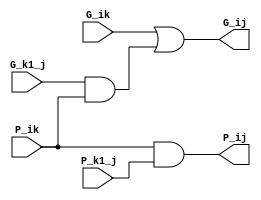
/**********************************************************
// Copyright @ 2021 H. All rights reserved
// Contact with e611hx@gmail.com
============================================================
>> Author   : H
>> Date     : 2021-11-14
>> Filename    : prefix_i_j.v
>> Modulename  : prefix_i_j
>> Description : 
>> Version  : 1.0
************************************************************/

module prefix_i_j(
    // System Clock
    input        P_ik,
    input        P_k1_j,

    input        G_ik,
    input        G_k1_j,

    output       P_ij,
    output       G_ij
    
);

/*******************************************************************************
 *                                 Main Code
*******************************************************************************/

    assign P_ij = P_ik & P_k1_j;
    assign G_ij = G_ik | (G_k1_j & P_ik);
    
endmodule